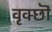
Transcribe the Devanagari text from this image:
वृक्छॊं